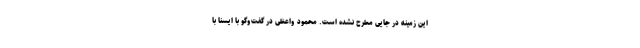
این زمینه در جایی مطرح نشده است. محمود واعظی در گفت‌وگو با ایسنا با